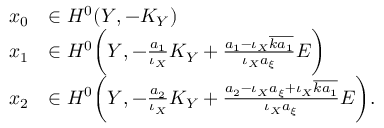
\begin{array} { r l } { x _ { 0 } } & { \in H ^ { 0 } ( Y , - K _ { Y } ) } \\ { x _ { 1 } } & { \in H ^ { 0 } \bigg ( Y , - \frac { a _ { 1 } } { \iota _ { X } } K _ { Y } + \frac { a _ { 1 } - \iota _ { X } \overline { { k a _ { 1 } } } } { \iota _ { X } a _ { \xi } } E \bigg ) } \\ { x _ { 2 } } & { \in H ^ { 0 } \bigg ( Y , - \frac { a _ { 2 } } { \iota _ { X } } K _ { Y } + \frac { a _ { 2 } - \iota _ { X } a _ { \xi } + \iota _ { X } \overline { { k a _ { 1 } } } } { \iota _ { X } a _ { \xi } } E \bigg ) . } \end{array}